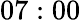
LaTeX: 07:00